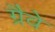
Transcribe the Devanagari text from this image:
ग्रैवे